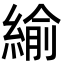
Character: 緰